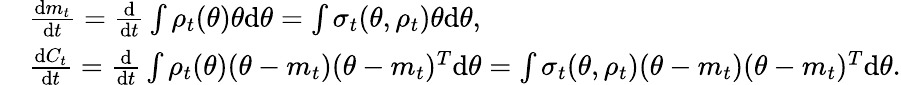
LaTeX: \begin{array}{rl}&{\frac{\mathrm{d}m_{t}}{\mathrm{d}t}=\frac{\mathrm{d}}{\mathrm{d}t}\int\rho_{t}(\theta)\theta\mathrm{d}\theta=\int\sigma_{t}(\theta,\rho_{t})\theta\mathrm{d}\theta,}\\ &{\frac{\mathrm{d}C_{t}}{\mathrm{d}t}=\frac{\mathrm{d}}{\mathrm{d}t}\int\rho_{t}(\theta)(\theta-m_{t})(\theta-m_{t})^{T}\mathrm{d}\theta=\int\sigma_{t}(\theta,\rho_{t})(\theta-m_{t})(\theta-m_{t})^{T}\mathrm{d}\theta.}\end{array}